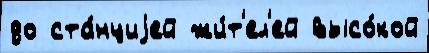
до ста́нциjей жи́т'ел'ей высо́кой